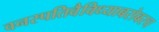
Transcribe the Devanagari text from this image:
वनस्पतिवैविध्याबरोबरच